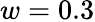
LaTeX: w=0.3